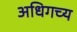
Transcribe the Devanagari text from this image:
अधिगच्य